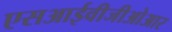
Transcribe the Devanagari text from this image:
एसआईवीजीओआर